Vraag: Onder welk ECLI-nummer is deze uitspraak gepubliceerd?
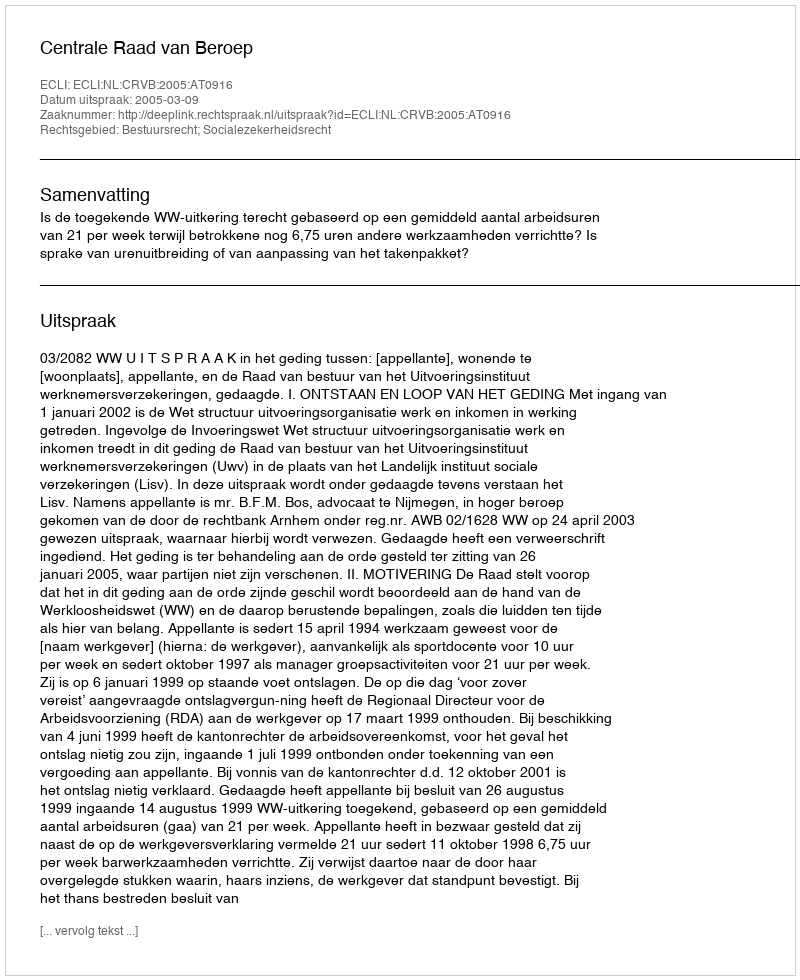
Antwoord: ECLI:NL:CRVB:2005:AT0916